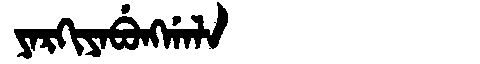
Manchu: ᠶᠠᡵᡴᡳᠶᠠᠪᡠᠩᡤᠠᠯᠠ
Romanization: YARKIYABUNGGALA